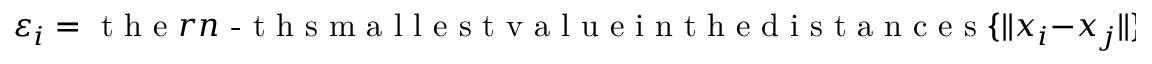
\varepsilon _ { i } = \textrm { t h e } r n \textrm { - t h s m a l l e s t v a l u e i n t h e d i s t a n c e s } \{ \| x _ { i } - x _ { j } \| \} _ { j = 1 } ^ { n } ,